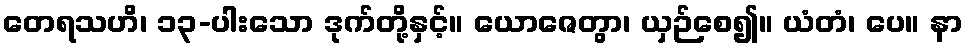
တေရသဟိ၊ ၁၃-ပါးသော ဒုက်တို့နှင့်။ ယောဇေတွာ၊ ယှဉ်စေ၍။ ယံတံ၊ ပေ။ နာ